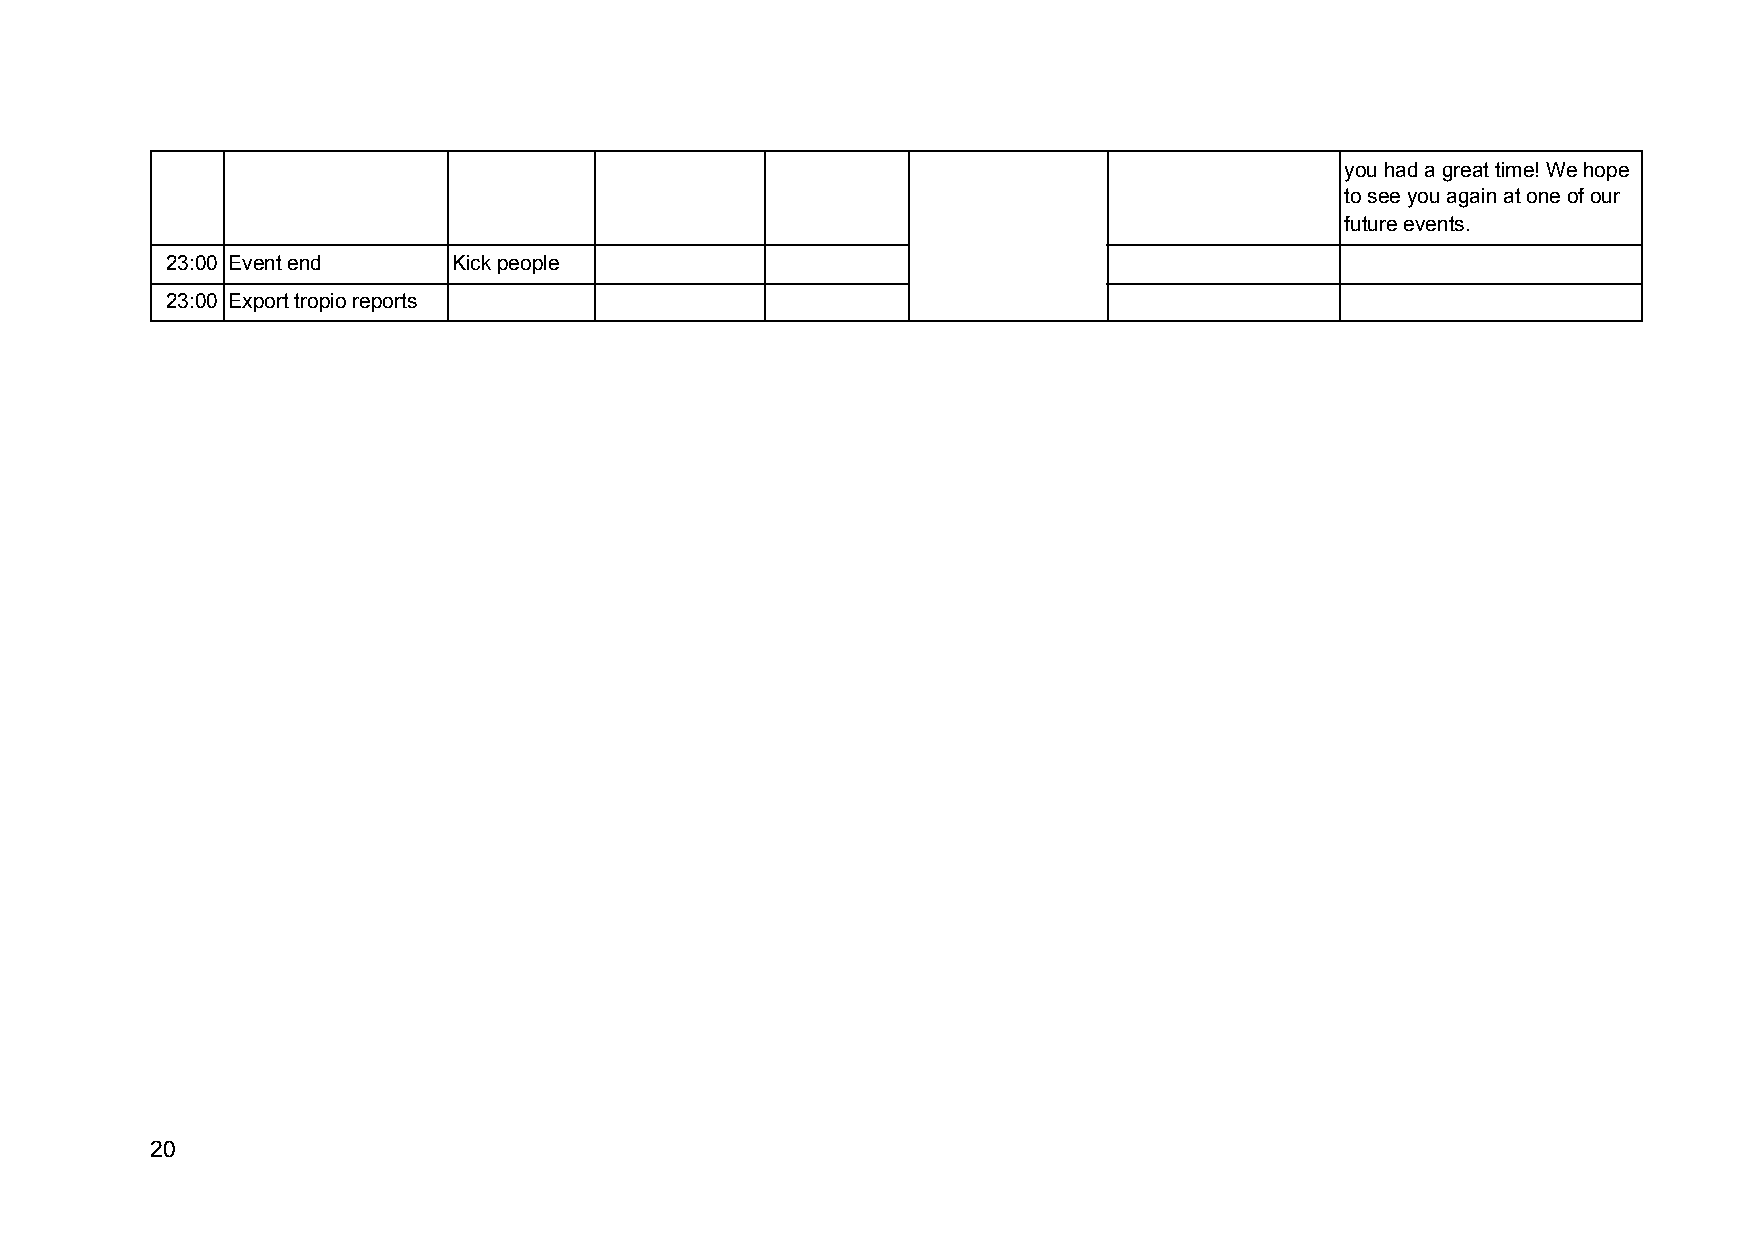
you had a great time! We hope
 to see you again at one of our
 future events.
 23:00 Event end    Kick people
 23:00 Export tropio reports
 20